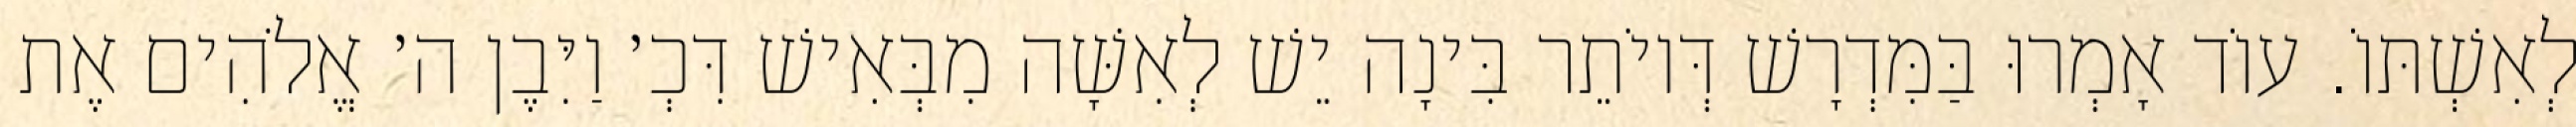
לְאִשְׁתּוֹ. עוֹד אָמְרוּ בַּמִּדְרָשׁ דְּיוֹתֵר בִּינָה יֵשׁ לְאִשָּׁה מִבְּאִישׁ דִּכְ׳ וַיִּבֶן ה׳ אֱלֹהִים אֶת